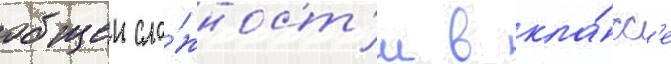
общеи сло́жност'и в кла́сс'е